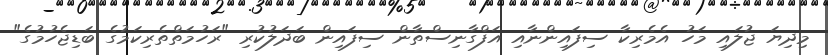
މިދިޔަ ޖުލައި މަހު އެމެރިކާ ސިފައިންނާއި އަފްގާނިސްތާން ސިފައިން ބަދަލުކުރި "ރަހުމަތްތެރިކަމުގެ ބަޑިޖެހުމުގެ"